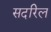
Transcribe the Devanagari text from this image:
सदरिल